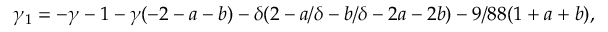
\gamma _ { 1 } = - \gamma - 1 - \gamma ( - 2 - a - b ) - \delta ( 2 - a / \delta - b / \delta - 2 a - 2 b ) - 9 / 8 8 ( 1 + a + b ) ,